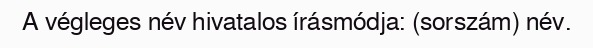
A végleges név hivatalos írásmódja: (sorszám) név.